Insane asylums in Bengal annual reports 1867-1875 - 1867-1875
Year: 1867
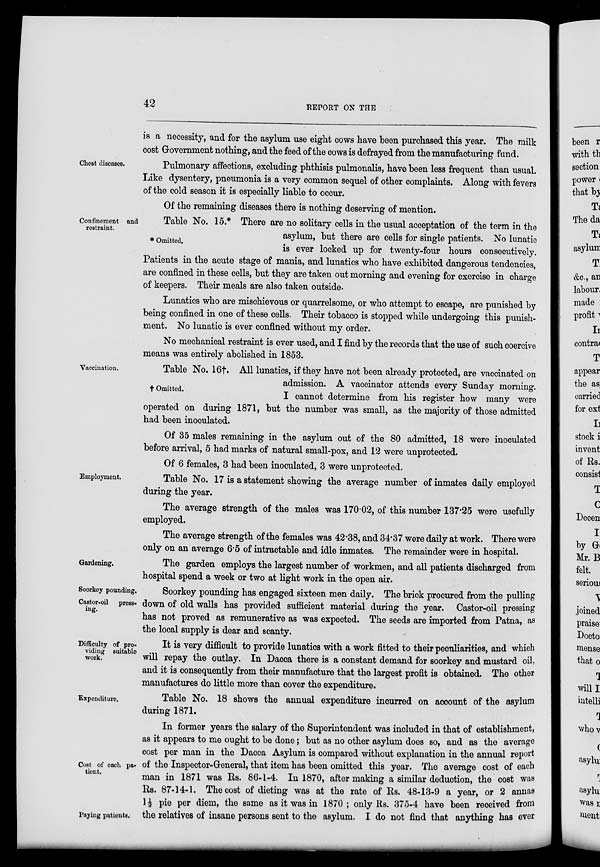
42
REPORT ON THE
is a necessity, and for the asylum use eight cows have been purchased this year. The milk
cost Government nothing, and the feed of the cows is defrayed from the manufacturing fund.
Chest diseases.
Pulmonary affections, excluding phthisis pulmonalis, have been less frequent than usual.
Like dysentery, pneumonia is a very common sequel of other complaints. Along with fevers
of the cold season it is especially liable to occur.
Of the remaining diseases there is nothing deserving of mention.
Confinement and
restraint.
* Omitted.
Table No. 15.* There are no solitary cells in the usual acceptation of the term in the
asylum, but there are cells for single patients. No lunatic
is ever locked up for twenty-four hours consecutively.
Patients in the acute stage of mania, and lunatics who have exhibited dangerous tendencies,
are confined in these cells, but they are taken out morning and evening for exercise in charge
of keepers. Their meals are also taken outside.
Lunatics who are mischievous or quarrelsome, or who attempt to escape, are punished by
being confined in one of these cells. Their tobacco is stopped while undergoing this punish-
ment. No lunatic is ever confined without my order.
No mechanical restraint is ever used, and I find by the records that the use of such coercive
means was entirely abolished in 1853.
Vaccination.
† Omitted.
Table No. 16†. All lunatics, if they have not been already protected, are vaccinated on
admission. A vaccinator attends every Sunday morning.
I cannot determine from his register how many were
operated on during 1871, but the number was small, as the majority of those admitted
had been inoculated.
Of 35 males remaining in the asylum out of the 80 admitted, 18 were inoculated
before arrival, 5 had marks of natural small-pox, and 12 were unprotected.
Of 6 females, 3 had been inoculated, 3 were unprotected.
Employment.
Table No. 17 is a statement showing the average number of inmates daily employed
during the year.
The average strength of the males was 170.02, of this number 137.25 were usefully
employed.
The average strength of the females was 42.38, and 34.37 were daily at work. There were
only on an average 6.5 of intractable and idle inmates. The remainder were in hospital.
Gardening.
The garden employs the largest number of workmen, and all patients discharged from
hospital spend a week or two at light work in the open air.
Soorkey pounding.
Castor-oil press-
ing.
Soorkey pounding has engaged sixteen men daily. The brick procured from the pulling
down of old walls has provided sufficient material during the year. Castor-oil pressing
has not proved as remunerative as was expected. The seeds are imported from Patna, as
the local supply is dear and scanty.
Difficulty of pro-
viding suitable
work.
It is very difficult to provide lunatics with a work fitted to their peculiarities, and which
will repay the outlay. In Dacca there is a constant demand for soorkey and mustard oil,
and it is consequently from their manufacture that the largest profit is obtained. The other
manufactures do little more than cover the expenditure.
Expenditure.
Table No. 18 shows the annual expenditure incurred on account of the asylum
during 1871.
Cost of each pa-
tient.
Paying patients.
In former years the salary of the Superintendent was included in that of establishment,
as it appears to me ought to be done; but as no other asylum does so, and as the average
cost per man in the Dacca Asylum is compared without explanation in the annual report
of the Inspector-General, that item has been omitted this year. The average cost of each
man in 1871 was Rs. 86-1-4. In 1870, after making a similar deduction, the cost was
Rs. 87-14-1. The cost of dieting was at the rate of Rs. 48-13-9 a year, or 2 annas
1½ pie per diem, the same as it was in 1870 ; only Rs. 375-4 have been received from
the relatives of insane persons sent to the asylum. I do not find that anything has ever